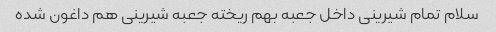
سلام تمام شیرینی داخل جعبه بهم ریخته جعبه شیرینی هم داغون شده